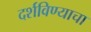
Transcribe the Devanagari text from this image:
दर्शविण्याचा